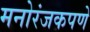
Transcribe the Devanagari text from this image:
मनोरंजकपणे